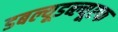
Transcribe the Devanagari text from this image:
डबल्यूडब्ल्यूएफ